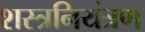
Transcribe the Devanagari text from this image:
शस्त्रनियंत्रण